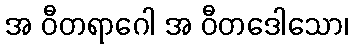
အ ဝီတရာဂေါ အ ဝီတဒေါသော၊